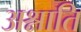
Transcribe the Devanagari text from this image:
अश्नाति